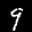
Label: 9